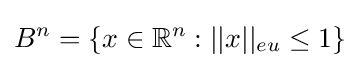
B^{n}=\{x\in \mathbb {R} ^{n}:||x||_{eu}\leq 1\}